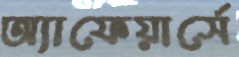
অ্যাফেয়ার্সে